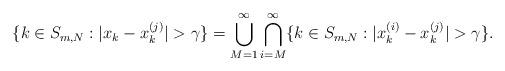
LaTeX: \begin{align*}\{k\in S_{m,N}:|x_{k}-x_{k}^{(j)}|>\gamma\}=\bigcup_{M=1}^{\infty}\bigcap_{i=M}^{\infty}\{k\in S_{m,N}:|x_{k}^{(i)}-x_{k}^{(j)}|>\gamma\}.\end{align*}